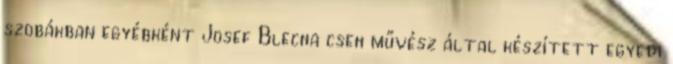
szobákban egyébként Josef Blecha cseh művész által készített egyedi